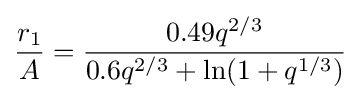
{\frac {r_{1}}{A}}={\frac {0.49q^{2/3}}{0.6q^{2/3}+\ln(1+q^{1/3})}}